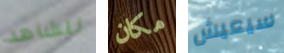
لنشاهد مكان سيعيش